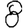
Digit: 8